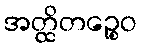
အတ္ထိတဉ္စေဝ